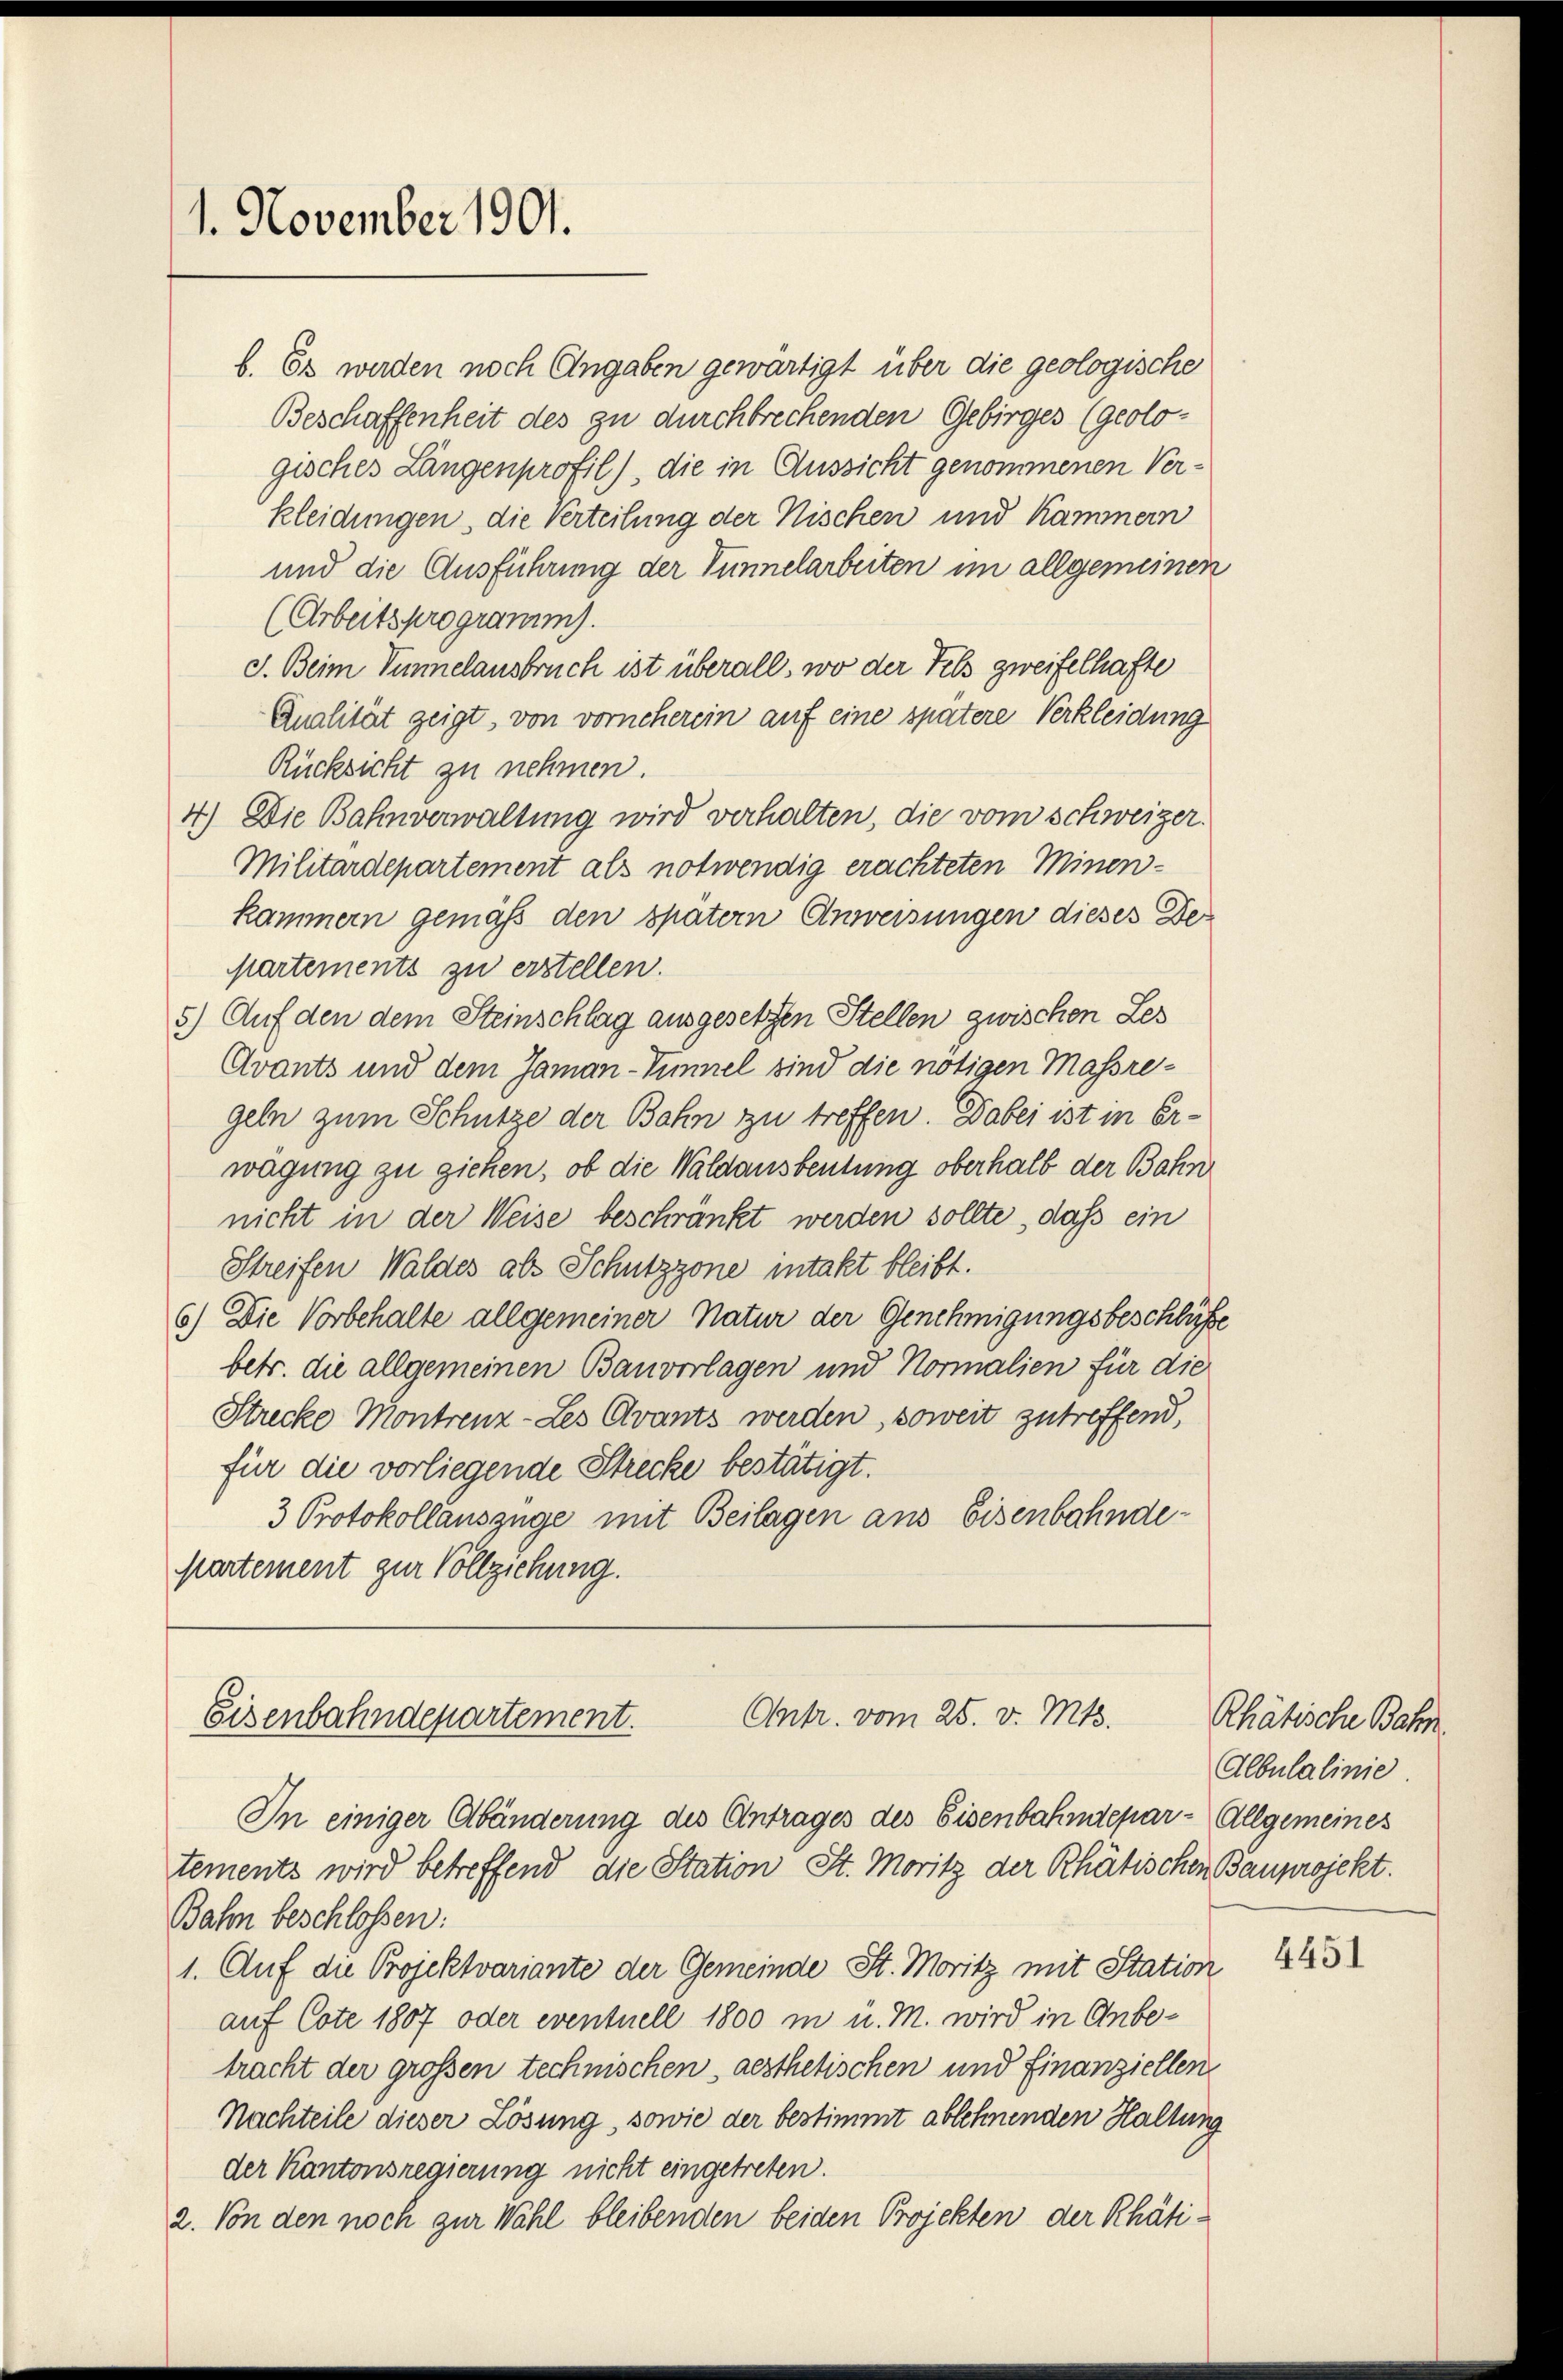
1. November 1901.

b. Es werden noch Angaben gewärtigt über die geologische
Beschaffenheit des zu durchbrechenden Gebirges (geologisches Langenprofil), die in Aussicht genommenen Verkleidungen, die Verteilung der Nischen und Kammern
und die Ausführung der Tunnelarbeiten im allgemeinen
(Arbeitsprogramm).
d. Beim Simmelausbruch ist überall, wo der Fels zweifelhafte
Qualität zeigt, von vorneherein auf eine spätere Verkleidung
Rücksicht zu nehmen.
4.) Die Bahnverwaltung wird verhalten, die vom schweizer.
Militärdepartement als notwendig erachteten Minen-
kammern gemäß den später Anweisungen dieses Departements zu erstellen.
8) Auf den dem Steinschlag ausgesetzen Stellen zwischen Les
Cvants und dem Jaman-Timmel sind die nötigen Massregeln zum Schutze der Bahn zu treffen. Dabei ist in Erwägung zu ziehen, ob die Waldausbeutung oberhalb der Bahn
nicht in der Weise beschränkt werden sollte, daß ein
Streifen Waldes als Schutzzone intakt bleibt.
6) Die Vorbehalte allgemeiner Natur der Genehmigungsbeschlüsse
betr. die allgemeinen Bauverlagen und Normalien für die
Strecke Montrenz-Les Avants werden, soweit zutreffend,
für die vorliegende Strecke bestätigt.
3 Protokollauszüge mit Beilagen aus Eisenbahnde¬
Kartement zur Vollziehung.

Ontr. vom 25. v. Mts.
Eisenbahndepartement.

In einiger Abänderung des Antrages des Eisenbahndepar- Allgemeines
tements wird betreffend die Station St. Moritz der Rhätischen Bauprojekt.
Bahn beschlossen:
1. Auf die Projektvariante der Gemeinde St. Moritz mit Station
auf Cote 1807 oder eventuell 1800 in u. M. wird in Anbetracht der großen technischen aesthetischen und finanziellen
Nachteile dieser Lösung, sowie der bestimmt ablehnenden Haltung
der Kantonsregierung nicht eingetreten.
2. Von den noch zur Wahl bleibenden beiden Projekten der Rhäti¬

Rhätische Bahn
Albulalinie

4451